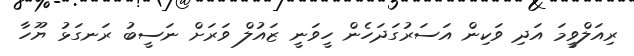
ރިއަލްވީމަ އަދި ވަކިން އަސަރުގަދަހެން ހީވަނީ ޒައުލް ވަރަށް ނަސީބު ރަނގަޅު ޔޫހާ